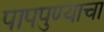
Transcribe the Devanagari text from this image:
पापपुण्याचा